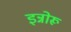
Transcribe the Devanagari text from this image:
इन्नोरू